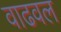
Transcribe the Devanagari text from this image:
वाढवल